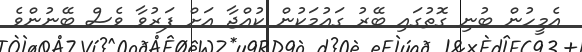
އެމީހުން ބުނި ގޮތުގައި ބޭރު ގައުމަކުން ކުއްޖާ އަށް ފަރުވާ ވެސް ބޭނުންވެ